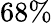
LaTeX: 68\%